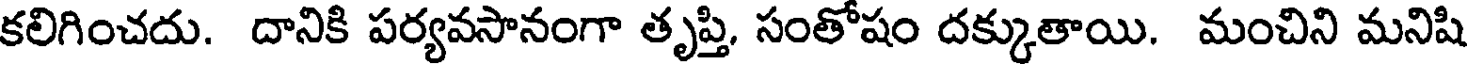
కలిగించదు. దానికి పర్యవసానంగా తృప్తి, సంతోషం దక్కుతాయి. మంచిని మనిషి